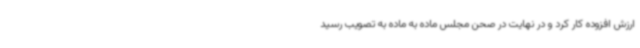
ارزش افزوده کار کرد و در نهایت در صحن مجلس ماده به ماده به تصویب رسید